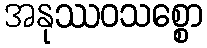
အနုဿဝသစ္စော